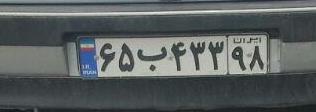
۶۵ب۴۳۳۹۸